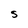
Character: S